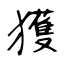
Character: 獲